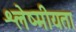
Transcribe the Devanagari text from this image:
श्लेष्मीयता